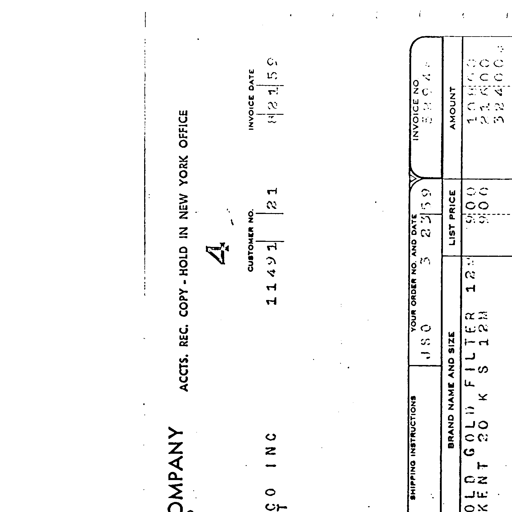
ACCTS. REC. COPY - HOLD IN NEW YORK OFFICE
CUSTOMER NO. 11491 21
INVOICE DATE 8 21 59
SHIPPING INSTRUCTIONS YOUR ORDER NO. AND DATE INVOICE NO.
JS0 3 23 59 5894
BRAND NAME AND SIZE LIST PRICE AMOUNT
OLD GOLD FILTER 12 9 00 108 00
KENT 20 K S 12M 9 00 216 00
324 00